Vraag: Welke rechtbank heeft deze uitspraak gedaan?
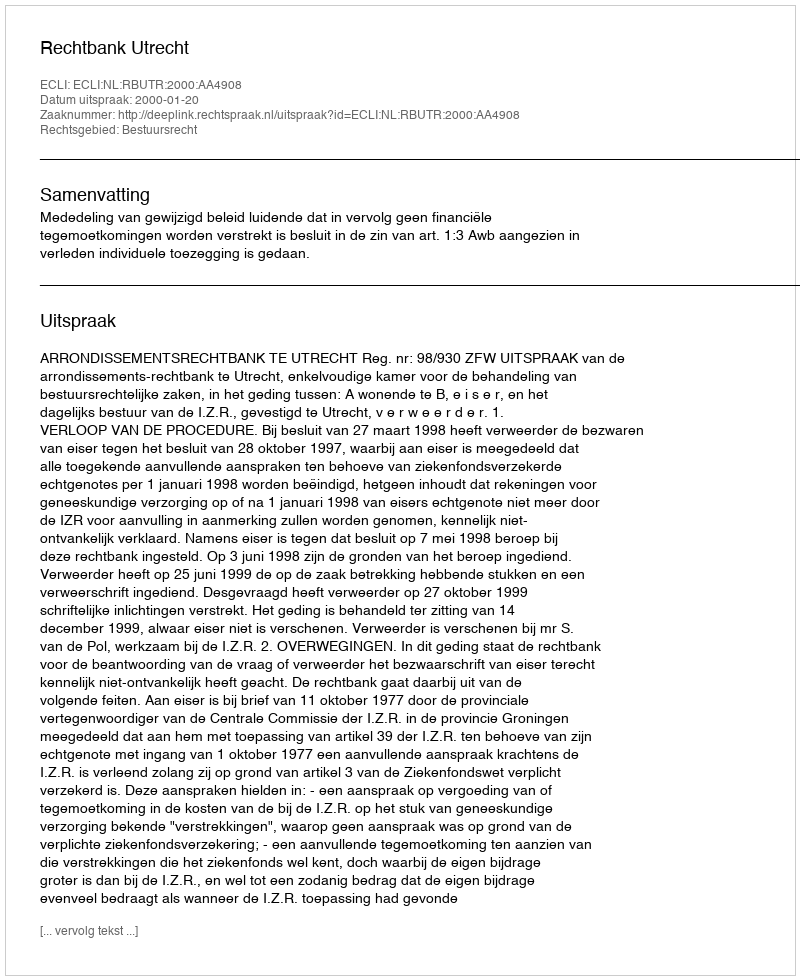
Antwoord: Rechtbank Utrecht